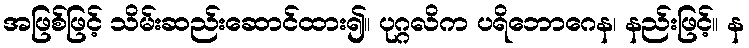
အဖြစ်ဖြင့် သိမ်းဆည်းဆောင်ထား၍။ ပုဂ္ဂလိက ပရိဘောဂေန၊ နည်းဖြင့်။ န